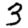
Digit: 3